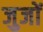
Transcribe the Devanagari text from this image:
जुजों